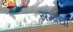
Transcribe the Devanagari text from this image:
सम्बंधोंं